Enquiry on enteric fever in India - Number 32
Disease focus: Fever
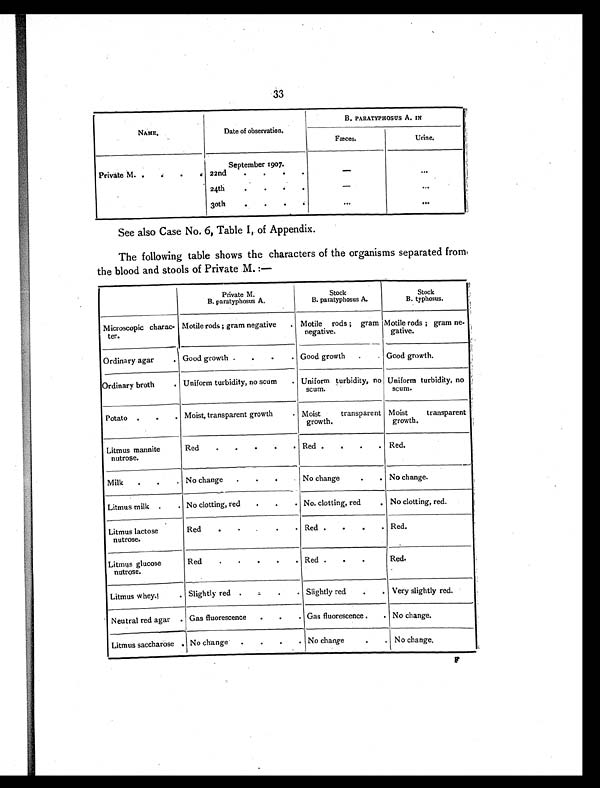
33
NAME.
Date of observation.
B. PARATYPHOSUS A. IN
Fæces.
Urine.
September 1907.
Private M. .
.
. 22nd
. . .
—
. . .
24th
. .
—
...
30th
.
.
...
. . .
See also Case No. 6, Table 1, of Appendix.
The following table shows the characters of the organisms separated from
the blood and stools of Private M. :—
Private M.
B. paratyphosus A.
Stock
B. paratyphosus A.
Stock
B. typhosus.
Microscopic charac-
ter.
Motile rods ; gram negative
. Motile rods ; gram
negative.
Motile rods ; gram ne-
gative.
Ordinary agar
. Good growth
.
.
Good growth
.
. Good growth.
Ordinary broth
. Uniform turbidity, no scum
. Uniform turbidity, no
scum.
Uniform turbidity, no
scum.
Potato .
.
. Moist, transparent growth
. Moist transparent
growth.
Moist transparent
growth.
Litmus mannite
nutrose.
Red.
.
.
Red
.
.
Red.
Milk
.
. No change
.
. No change
.
No change.
Litmus milk .
. No clotting, red
.
No. clotting, red
. No clotting, red.
Litmus lactose
nutrose.
Red.
.
.
Red .
.
. Red.
Litmus glucose
nutrose.
Red.
.
.
Red .
.
.
Red.
Litmus whey
. Slightly red .
.
Slightly red
. Very slightly red.
Neutral red agar
. Gas fluorescence
.
.
Gas fluorescence
. No change.
Litmus saccharose . No change
.
No change
. No change.